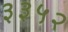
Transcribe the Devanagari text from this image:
३३५२